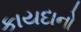
કાયદાનો